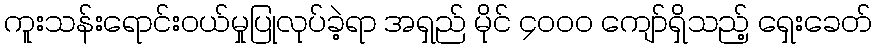
ကူးသန်းရောင်းဝယ်မှုပြုလုပ်ခဲ့ရာ အရှည် မိုင် ၄၀၀၀ ကျော်ရှိသည့် ရှေးခေတ်